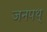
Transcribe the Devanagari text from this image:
जनपथ्